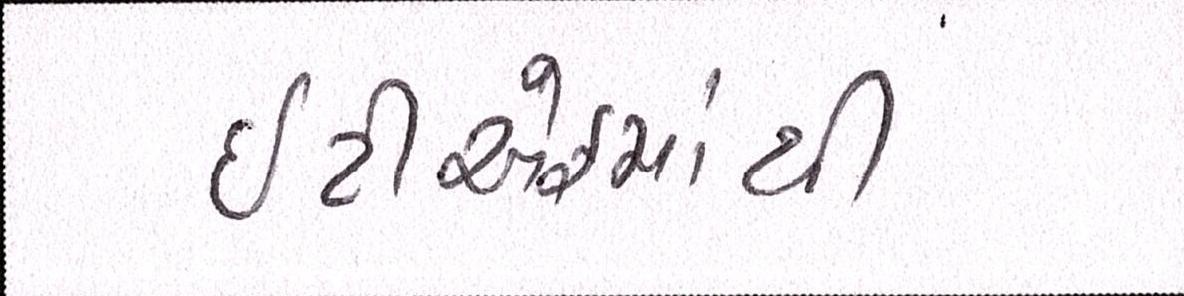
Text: ઇટીએફમાંથી